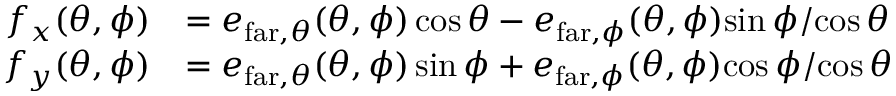
\begin{array} { r l } { f _ { x } ( \theta , \phi ) } & { = e _ { \mathrm { f a r } , \theta } ( \theta , \phi ) \cos \theta - e _ { \mathrm { f a r } , \phi } ( \theta , \phi ) { \sin \phi } / { \cos \theta } } \\ { f _ { y } ( \theta , \phi ) } & { = e _ { \mathrm { f a r } , \theta } ( \theta , \phi ) \sin \phi + e _ { \mathrm { f a r } , \phi } ( \theta , \phi ) { \cos \phi } / { \cos \theta } } \end{array}